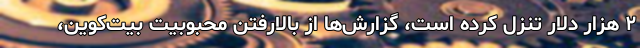
۲ هزار دلار تنزل کرده است، ‌گزارش‌ها از بالارفتن محبوبیت بیت‌کوین،